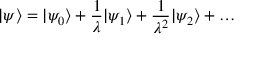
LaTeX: | \psi \rangle = | \psi _ { 0 } \rangle + { \frac { 1 } { \lambda } } | \psi _ { 1 } \rangle + { \frac { 1 } { \lambda ^ { 2 } } } | \psi _ { 2 } \rangle + \ldots